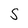
Character: s